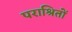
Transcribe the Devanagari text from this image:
पराश्रितों